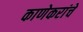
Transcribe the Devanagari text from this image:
काणेकरांचे